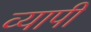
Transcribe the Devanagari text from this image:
व्‍यापी